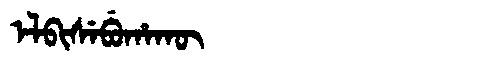
Manchu: ᡝᠯᠪᡳᠰᡝᠪᡠᡥᠠᡴᡡ
Romanization: ELBISEBUHAKŪ